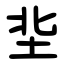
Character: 㘳